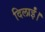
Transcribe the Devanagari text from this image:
दिलाईं।